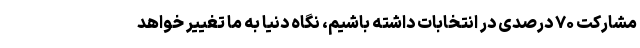
مشارکت ۷۰ درصدی در انتخابات داشته باشیم، نگاه دنیا به ما تغییر خواهد